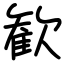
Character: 歓